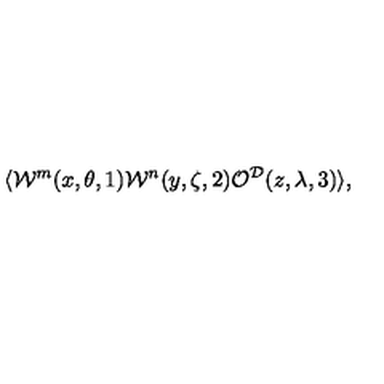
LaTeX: \langle { \cal W } ^ { m } ( x , \theta , 1 ) { \cal W } ^ { n } ( y , \zeta , 2 ) { \cal O } ^ { { \cal D } } ( z , \lambda , 3 ) \rangle ,